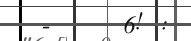
-     6! :